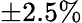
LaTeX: \pm 2.5\%